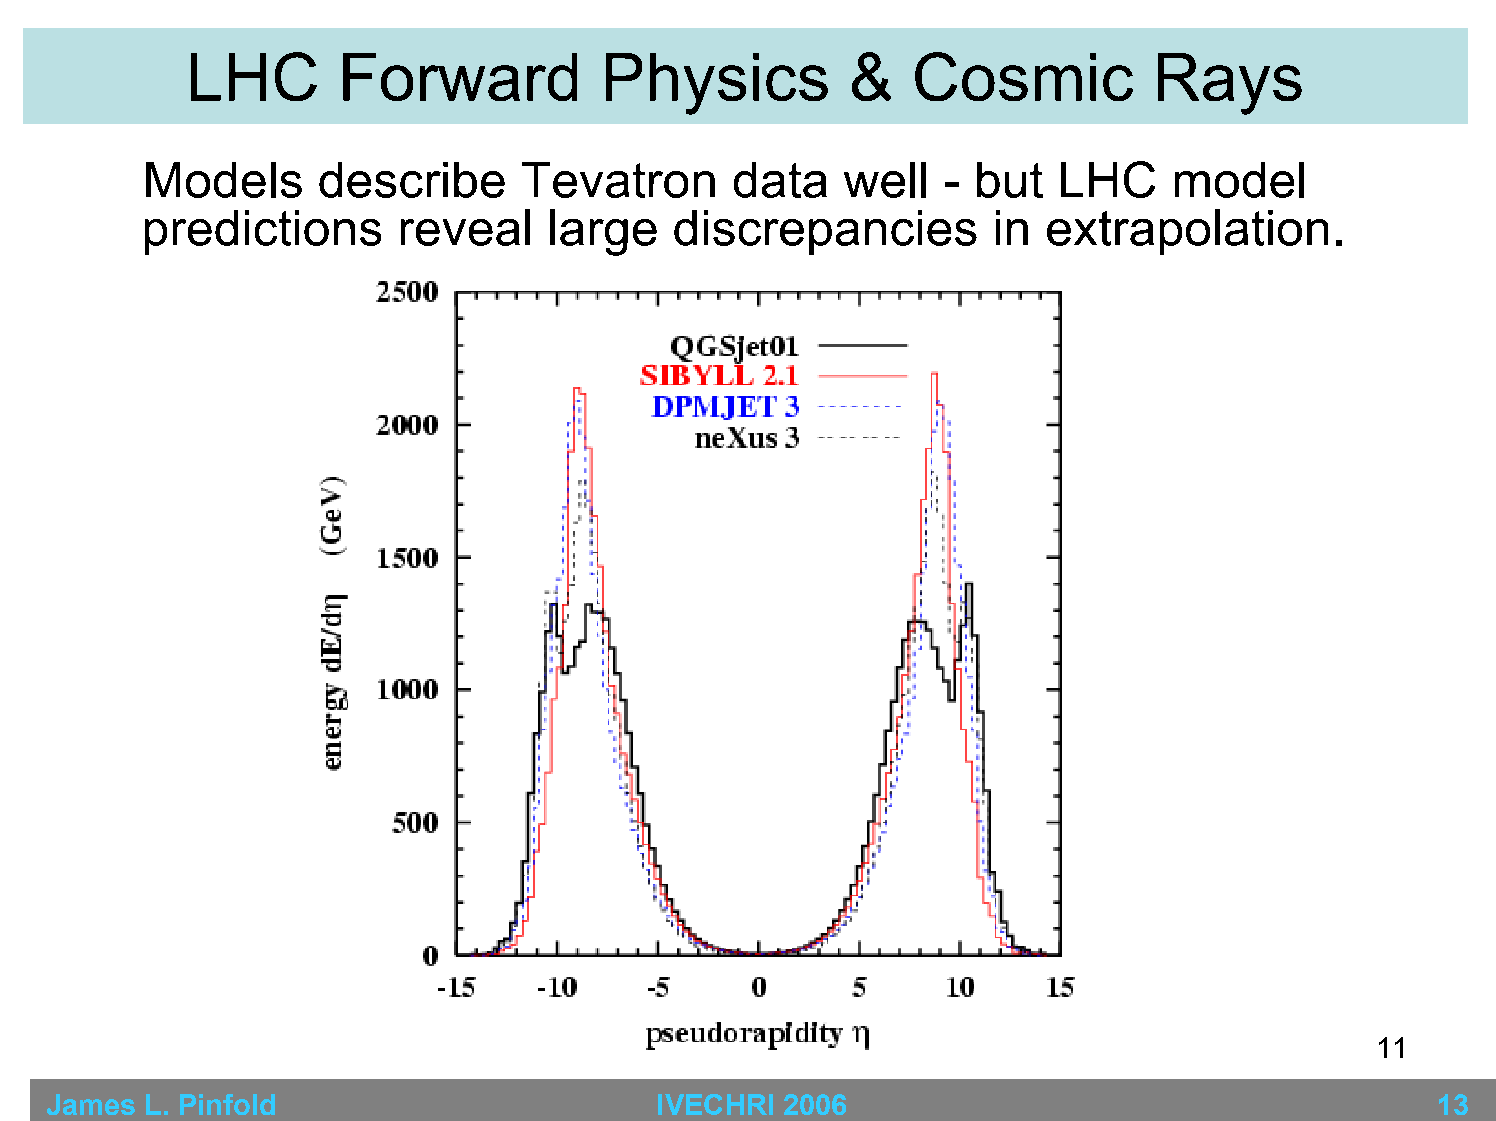
LHC       Forward           Physics         &   Cosmic          Rays
 Models     describe      Tevatron      data   well   - but  LHC     model
 predictions      reveal    large    discrepancies        in extrapolation.
 E  (LHC)
 T
 E(LHC)
 11
 James  L. Pinfold                        IVECHRI 2006                                       13